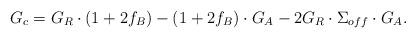
LaTeX: \begin{align*}G_c = G_R \cdot ( 1 + 2 f_B) - ( 1 + 2 f_B) \cdot G_A - 2 G_R \cdot \Sigma_{off} \cdot G_A . \end{align*}